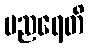
မညရေတိ